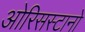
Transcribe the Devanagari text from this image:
ओरिसस्टानो